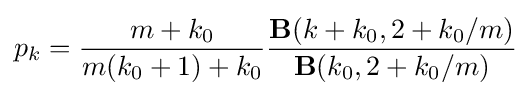
p_{k}={\frac {m+k_{0}}{m(k_{0}+1)+k_{0}}}{\frac {\mathbf {B} (k+k_{0},2+k_{0}/m)}{\mathbf {B} (k_{0},2+k_{0}/m)}}